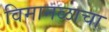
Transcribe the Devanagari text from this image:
विमानळाचा